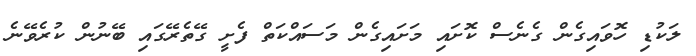
ލަކުޑި ހޮވައިގެން ގެނެސް ކޮށައި މަށައިގެން މަސައްކަތް ފެށީ ގޭތެރޭގައި ބޭނުން ކުރެވޭނެ